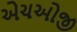
એચઓજી